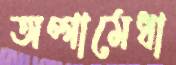
অগ্গামেধা